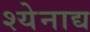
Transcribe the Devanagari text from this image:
श्येनाद्य